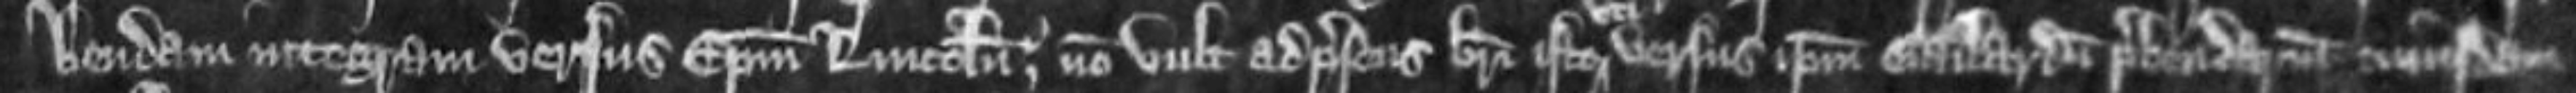
bendam integram versus episcopum Lincolniensem non vult ad presens brevi isto versus ipsum Gailardum prebendarium cuiusdam